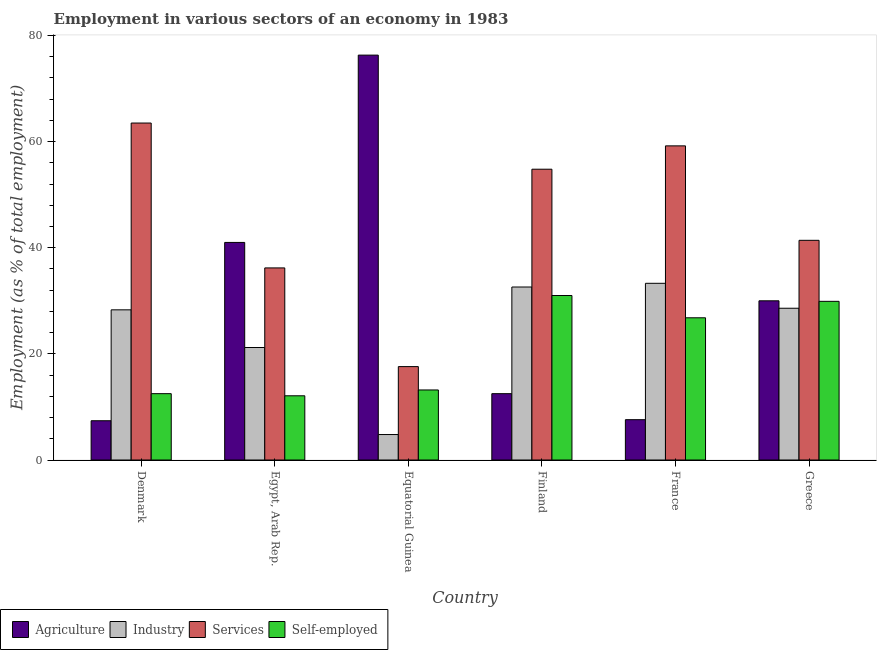
| Country | Agriculture | Industry | Services | Self-employed |
 | --- | --- | --- | --- | --- |
 | Denmark | 7.4 | 28.3 | 63.5 | 12.5 |
 | Egypt, Arab Rep. | 41 | 21.2 | 36.2 | 12.1 |
 | Equatorial Guinea | 76.3 | 4.8 | 17.6 | 13.2 |
 | Finland | 12.5 | 32.6 | 54.8 | 31 |
 | France | 7.6 | 33.3 | 59.2 | 26.8 |
 | Greece | 30 | 28.6 | 41.4 | 29.9 |